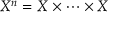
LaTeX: X ^ { n } = X \times \cdots \times X